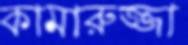
কামারুজ্জা